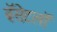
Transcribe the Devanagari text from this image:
बॅसेटलॉ